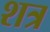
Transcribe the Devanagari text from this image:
शत्र